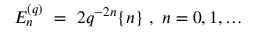
E _ { n } ^ { ( q ) } \ = \ 2 q ^ { - 2 n } \{ n \} \ , \ n = 0 , 1 , \ldots